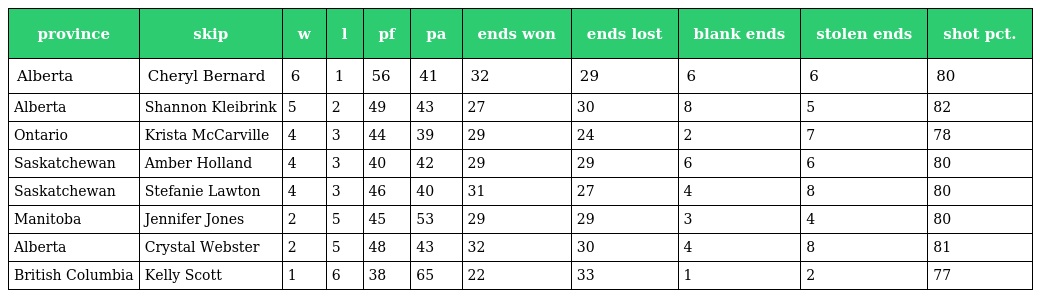
| province | skip | w | l | pf | pa | ends won | ends lost | blank ends | stolen ends | shot pct. |
 | --- | --- | --- | --- | --- | --- | --- | --- | --- | --- | --- |
 | Alberta | Cheryl Bernard | 6 | 1 | 56 | 41 | 32 | 29 | 6 | 6 | 80 |
 | Alberta | Shannon Kleibrink | 5 | 2 | 49 | 43 | 27 | 30 | 8 | 5 | 82 |
 | Ontario | Krista McCarville | 4 | 3 | 44 | 39 | 29 | 24 | 2 | 7 | 78 |
 | Saskatchewan | Amber Holland | 4 | 3 | 40 | 42 | 29 | 29 | 6 | 6 | 80 |
 | Saskatchewan | Stefanie Lawton | 4 | 3 | 46 | 40 | 31 | 27 | 4 | 8 | 80 |
 | Manitoba | Jennifer Jones | 2 | 5 | 45 | 53 | 29 | 29 | 3 | 4 | 80 |
 | Alberta | Crystal Webster | 2 | 5 | 48 | 43 | 32 | 30 | 4 | 8 | 81 |
 | British Columbia | Kelly Scott | 1 | 6 | 38 | 65 | 22 | 33 | 1 | 2 | 77 |